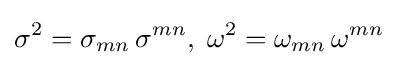
\sigma ^{2}=\sigma _{mn}\,\sigma ^{mn},\;\omega ^{2}=\omega _{mn}\,\omega ^{mn}